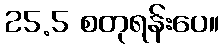
25.5 စတုရန်းပေ။